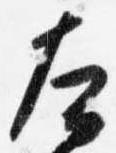
左